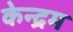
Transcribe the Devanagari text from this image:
केन्द्रम